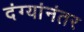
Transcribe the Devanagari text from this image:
दंग्यांनंतर